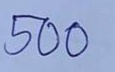
500